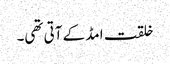
خلقت امڈ کے آتی تھی۔